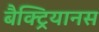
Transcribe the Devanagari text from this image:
बैक्ट्रियानस